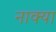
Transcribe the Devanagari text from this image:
नाक्या